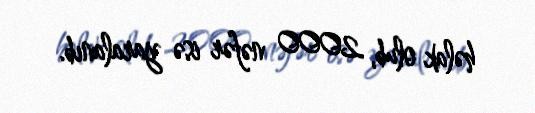
həlak olub, 2000 nəfər isə yaralanıb.